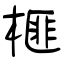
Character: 榧